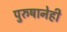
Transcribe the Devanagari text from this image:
पुरुषानेही